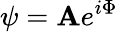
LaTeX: \psi=\mathbf{A}e^{i\Phi}